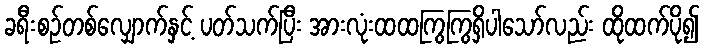
ခရီးစဉ်တစ်လျှောက်နှင့် ပတ်သက်ပြီး အားလုံးထထကြွကြွရှိပါသော်လည်း ထိုထက်ပို၍